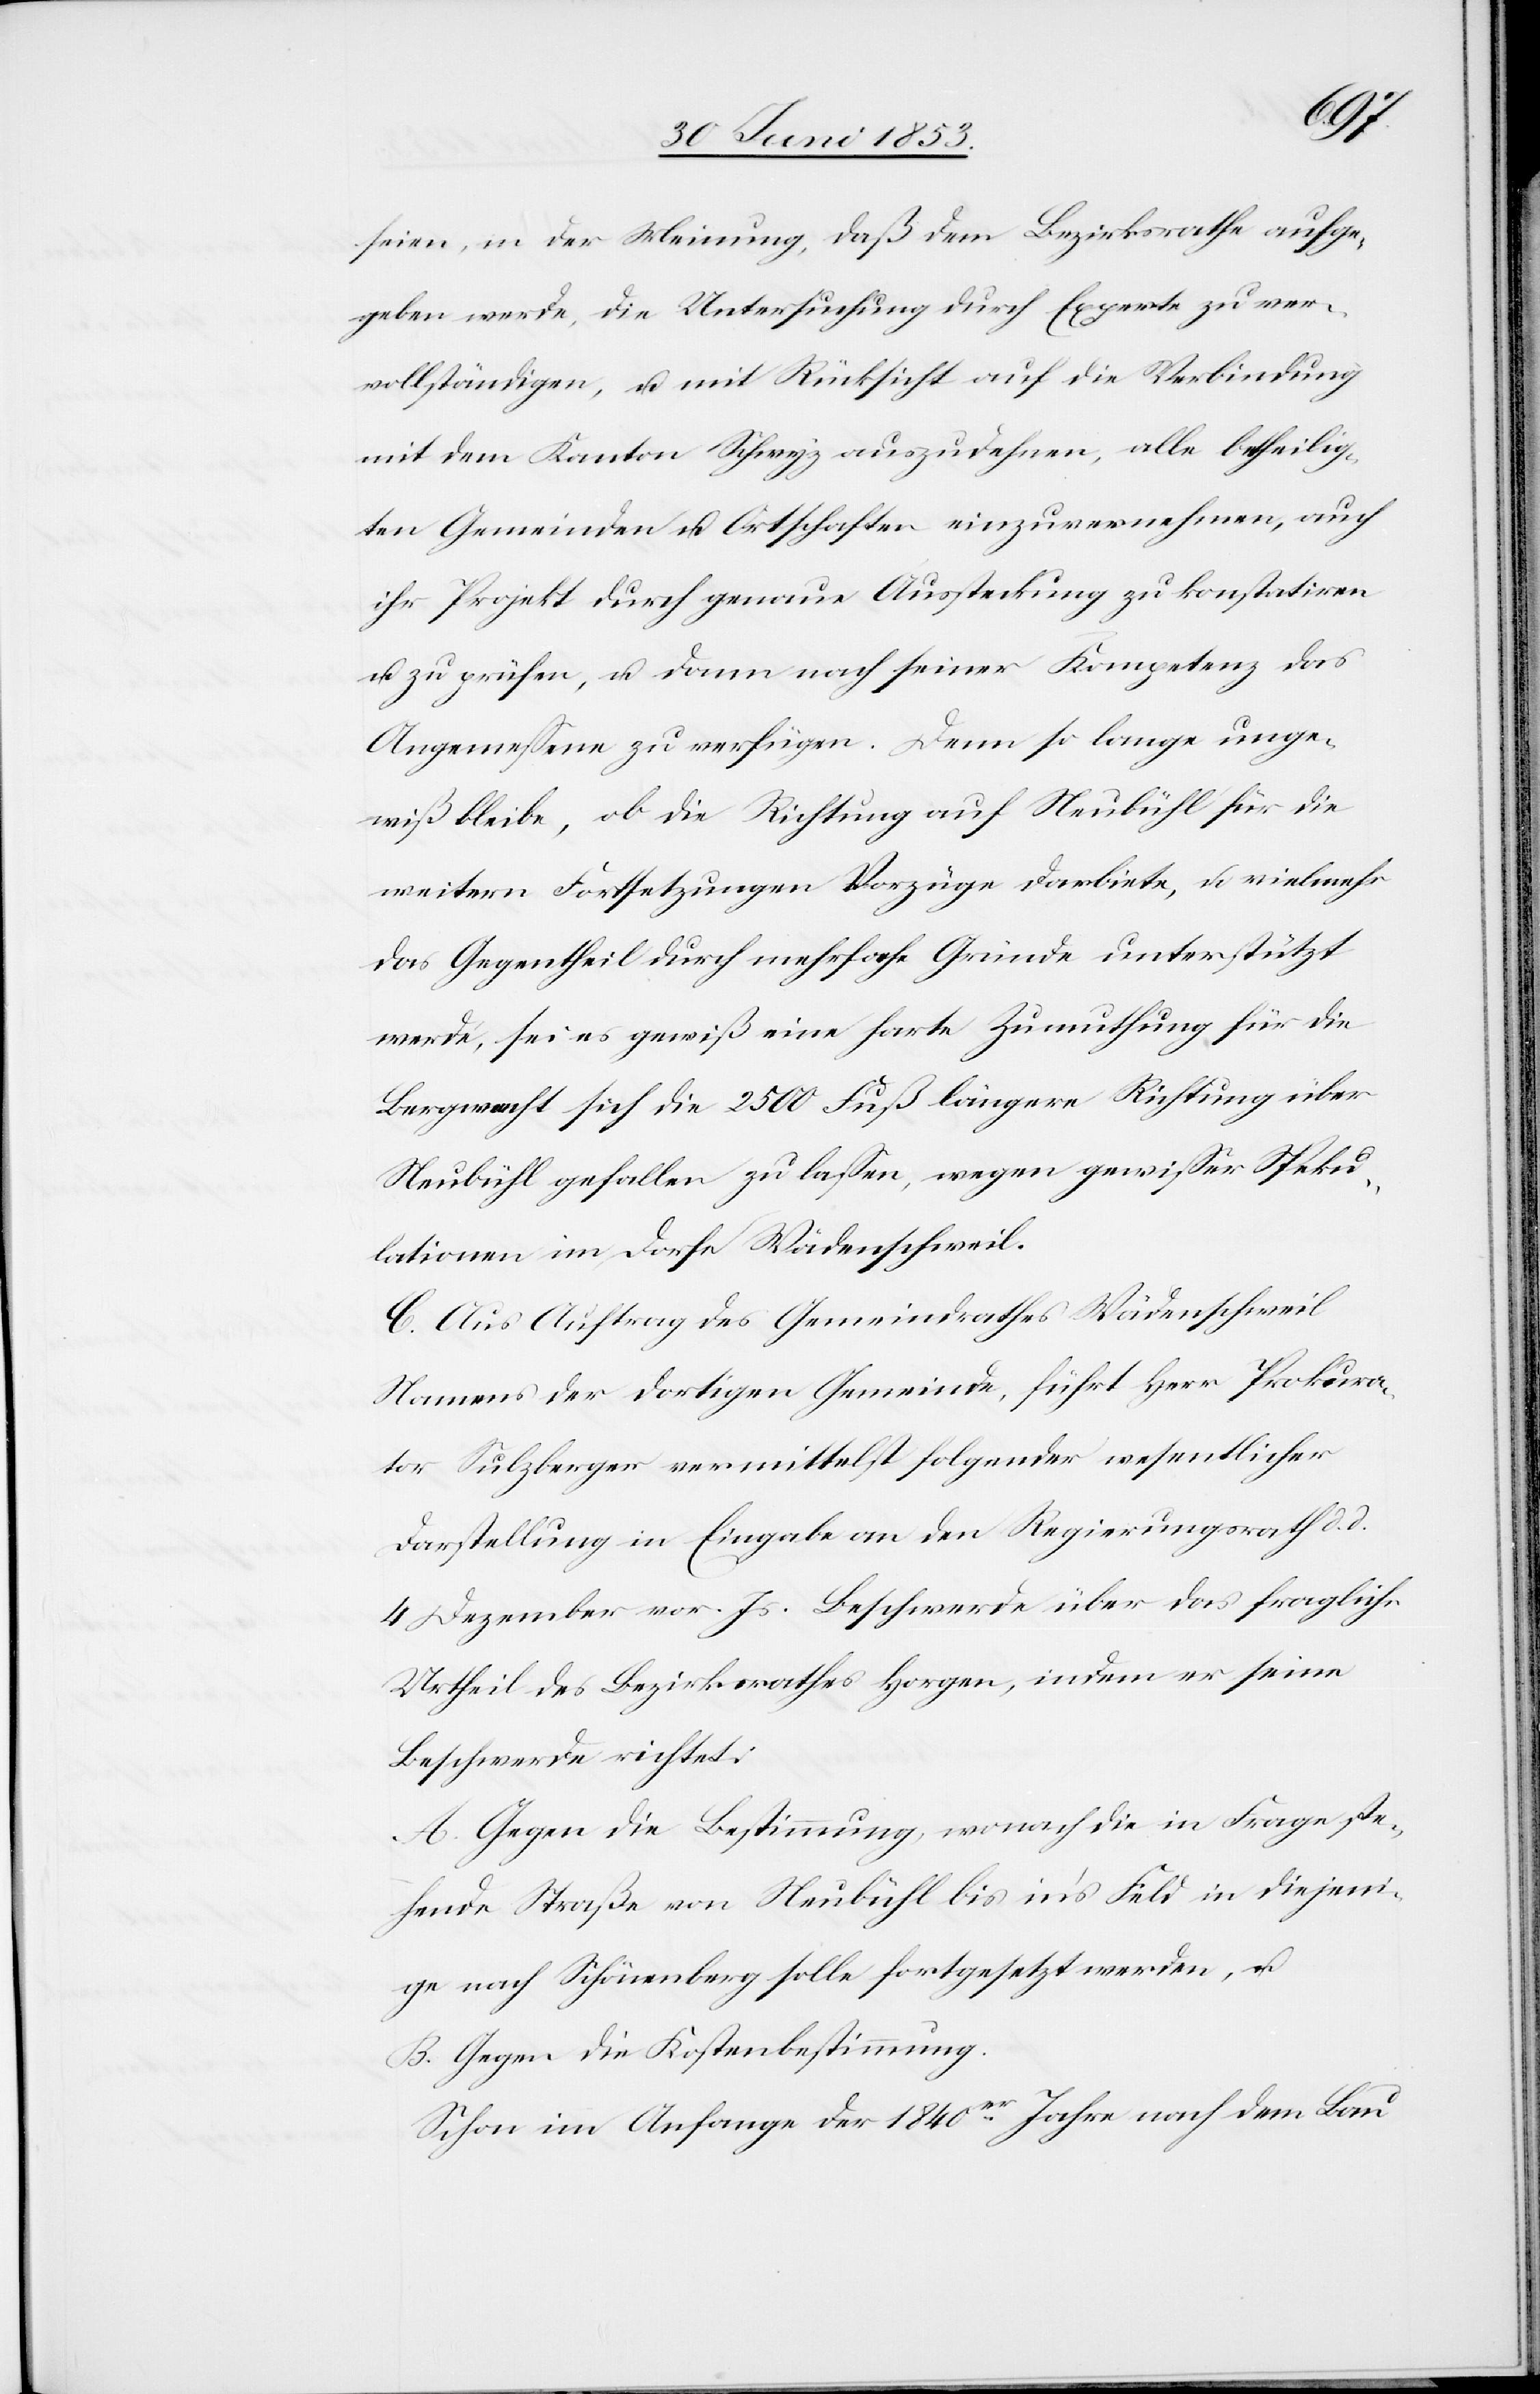
seien, in der Meinung, daß dem Bezirksrathe aufge¬
geben werde, die Untersuchung durch Experte zu ver¬
vollständigen, u. mit Rücksicht auf die Verbindung
mit dem Kanton Schwyz auszudehnen, alle betheilig¬
ten Gemeinden u. Ortschaften einzuvernehmen, auch
ihr Projekt durch genaue Aussteckung zu konstatiren
u. zu prüfen, u. dann nach seiner Kompetenz das
Angemeßene zu verfügen. Denn so lange unge¬
wiß bleibe, ob die Richtung auf Neubühl für die
weitern Fortsetzungen Vorzüge darbiete, u. vielmehr
das Gegentheil durch mehrfache Gründe unterstützt
werde, sei es gewiß eine harte Zumuthung für die
Bergwacht sich die 2500 Fuß längere Richtung über
Neubühl gefallen zu laßen, wegen gewißer Speku¬
lationen im Dorfe Wädenschweil.
C. Aus Auftrag des Gemeindrathes Wädenschweil
Namens der dortigen Gemeinde, führt Herr Prokura¬
tor Sulzberger vermittelst folgender wesentlicher
Darstellung in Eingabe an den Regierungsrath d. d.
4 Dezember vor. Js. Beschwerde über das fragliche
Urtheil des Bezirksrathes Horgen, indem er seine
Beschwerde richtet:
A. Gegen die Bestimmung, wonach die in Frage ste¬
hende Straße von Neubühl bis in’s Feld in diejeni¬
ge nach Schönenberg solle fortgesetzt werden, u.
B. Gegen die Kostenbestimmung.
Schon im Anfange der 1840er Jahre nach dem Bau